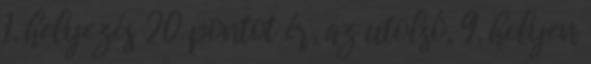
1. helyezés 20 pontot ér, az utolsó, 9. helyen